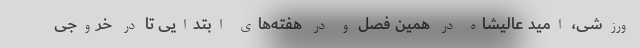
ورزشی، امید عالیشاه در همین فصل و در هفته‌های ابتدایی تا در خروجی